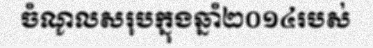
ចំណូលសរុបក្នុងឆ្នាំ២០១៤របស់